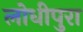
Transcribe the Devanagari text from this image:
लोधीपुरा